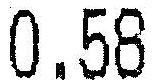
0.58